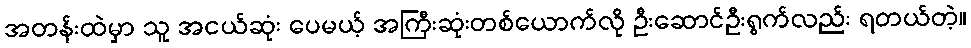
အတန်းထဲမှာ သူ အငယ်ဆုံး ပေမယ့် အကြီးဆုံးတစ်ယောက်လို ဦးဆောင်ဦးရွက်လည်း ရတယ်တဲ့။